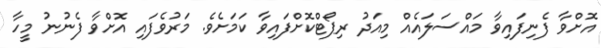
އޮށްވާ ފެނިފައިވާ މައްސަލައެއް މިއަދު ރިޕޯޓްކޮށްފައިވާ ކަމަށެވެ. މަރުވެފައި އޮށްވާ ފެނުނު މީހާ